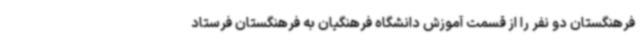
فرهنگستان دو نفر را از قسمت آموزش دانشگاه فرهنگیان به فرهنگستان فرستاد